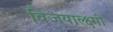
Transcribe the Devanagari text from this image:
विजयाल्क्ष्मी